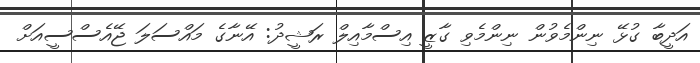
އަދީބާ ގުޅޭ ނިންމެވުން ނިންމެވި ގާޒީ އިސްމާއިލް ރަޝީދު: އޭނާގެ މައްސަލަ ޖޭއެސްސީއަށް